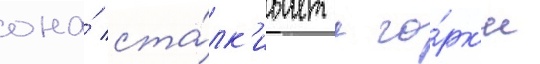
она́ ста́лк'ивает с го́рк'и